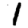
Digit: 1